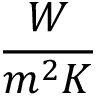
\frac { W } { m ^ { 2 } K }